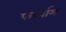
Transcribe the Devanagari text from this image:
फर्व्याम